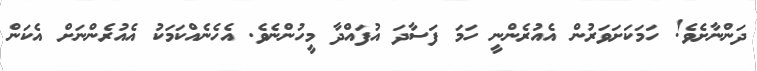
ދަންނާށެވެ! ހަމަކަށަވަރުން އެއުރެންނީ ހަމަ ފަސާދަ އުފައްދާ މީހުންނެވެ. އެހެނެއްކަމަކު އެއުރެންނަށް އެކަން